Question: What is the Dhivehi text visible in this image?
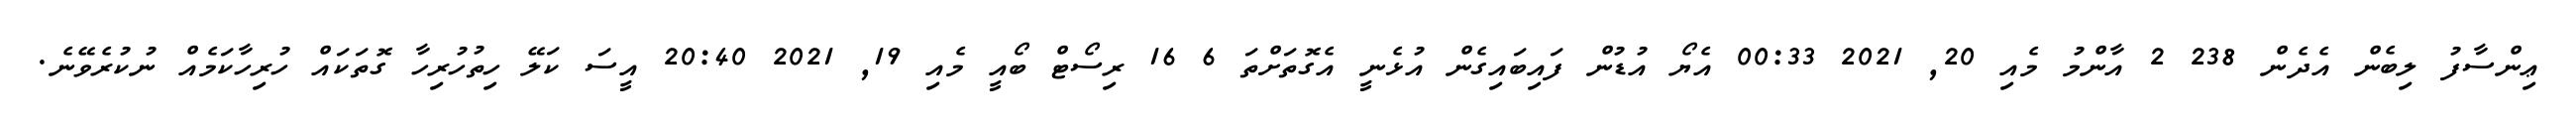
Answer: ޢިންސާފު ލިބެން އެދެން 238 2 އާންމު މެއި 20, 2021 00:33 އެޔޯ އުޑުން ފައިބައިގެން އުޅެނީ އެގޮތަށްތަ 6 16 ރިސޯޓް ބޯއީ މެއި 19, 2021 20:40 އީސަ ކަލޭ ހިތުހުރިހާ ގޮތަކައް ހުރިހާކަމެއް ނުކުރެވޭނެ.